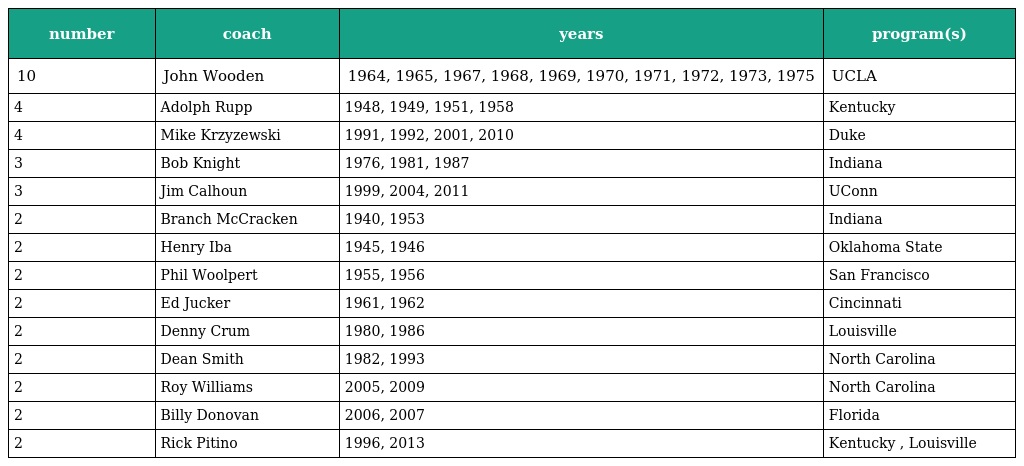
| number | coach | years | program(s) |
 | --- | --- | --- | --- |
 | 10 | John Wooden | 1964, 1965, 1967, 1968, 1969, 1970, 1971, 1972, 1973, 1975 | UCLA |
 | 4 | Adolph Rupp | 1948, 1949, 1951, 1958 | Kentucky |
 | 4 | Mike Krzyzewski | 1991, 1992, 2001, 2010 | Duke |
 | 3 | Bob Knight | 1976, 1981, 1987 | Indiana |
 | 3 | Jim Calhoun | 1999, 2004, 2011 | UConn |
 | 2 | Branch McCracken | 1940, 1953 | Indiana |
 | 2 | Henry Iba | 1945, 1946 | Oklahoma State |
 | 2 | Phil Woolpert | 1955, 1956 | San Francisco |
 | 2 | Ed Jucker | 1961, 1962 | Cincinnati |
 | 2 | Denny Crum | 1980, 1986 | Louisville |
 | 2 | Dean Smith | 1982, 1993 | North Carolina |
 | 2 | Roy Williams | 2005, 2009 | North Carolina |
 | 2 | Billy Donovan | 2006, 2007 | Florida |
 | 2 | Rick Pitino | 1996, 2013 | Kentucky , Louisville |